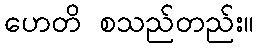
ဟေတိ စသည်တည်း။